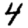
Digit: 4